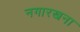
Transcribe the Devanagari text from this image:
नगारखना